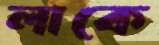
লাকে